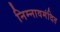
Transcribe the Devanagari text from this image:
निम्नावमंदित